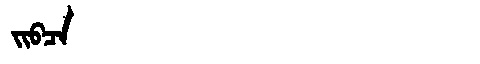
Manchu: ᠵᡳᠪᠴᠠ
Romanization: JIBCA